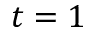
t = 1